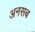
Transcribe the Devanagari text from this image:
अनसब